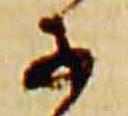
子